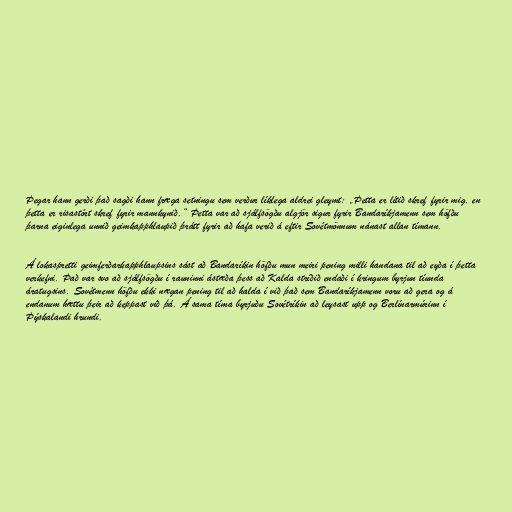
Þegar hann gerði það sagði hann fræga setningu sem verður líklega aldrei gleymt: „Þetta er lítið skref fyrir mig, en
þetta er risastórt skref fyrir mannkynið.“ Þetta var að sjálfsögðu algjör sigur fyrir Bandaríkjamenn sem höfðu
þarna eiginlega unnið geimkapphlaupið þrátt fyrir að hafa verið á eftir Sovétmönnum nánast allan tímann.

Á lokaspretti geimferðarkapphlaupsins sást að Bandaríkin höfðu mun meiri pening milli handana til að eyða í þetta
verkefni. Það var svo að sjálfsögðu í rauninni ástæða þess að Kalda stríðið endaði í kringum byrjun tíunda
áratugsins. Sovétmenn höfðu ekki nægan pening til að halda í við það sem Bandaríkjamenn voru að gera og á
endanum hættu þeir að keppast við þá. Á sama tíma byrjuðu Sovétríkin að leysast upp og Berlínarmúrinn í
Þýskalandi hrundi.